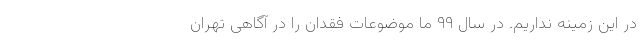
در این زمینه نداریم. در سال ۹۹ ما موضوعات فقدان را در آگاهی تهران